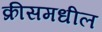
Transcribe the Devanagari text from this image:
क्रीसमधील